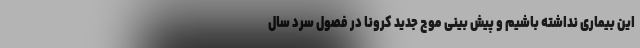
این بیماری نداشته باشیم و پیش بینی موج جدید کرونا در فصول سرد سال